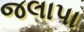
જલાપા